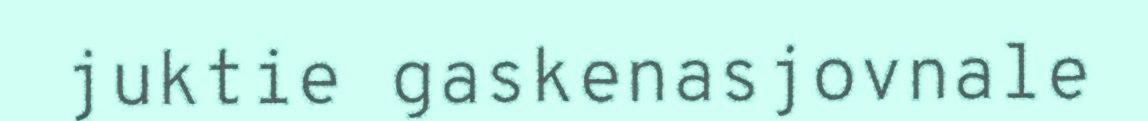
juktie gaskenasjovnale